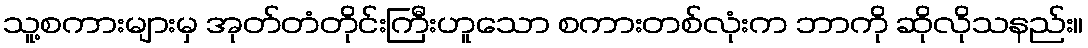
သူ့စကားများမှ အုတ်တံတိုင်းကြီးဟူသော စကားတစ်လုံးက ဘာကို ဆိုလိုသနည်း။